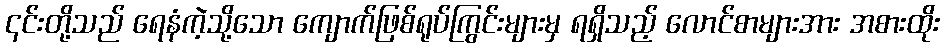
၎င်းတို့သည် ရေနံကဲ့သို့သော ကျောက်ဖြစ်ရုပ်ကြွင်းများမှ ရရှိသည့် လောင်စာများအား အစားထိုး